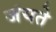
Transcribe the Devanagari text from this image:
जंयते